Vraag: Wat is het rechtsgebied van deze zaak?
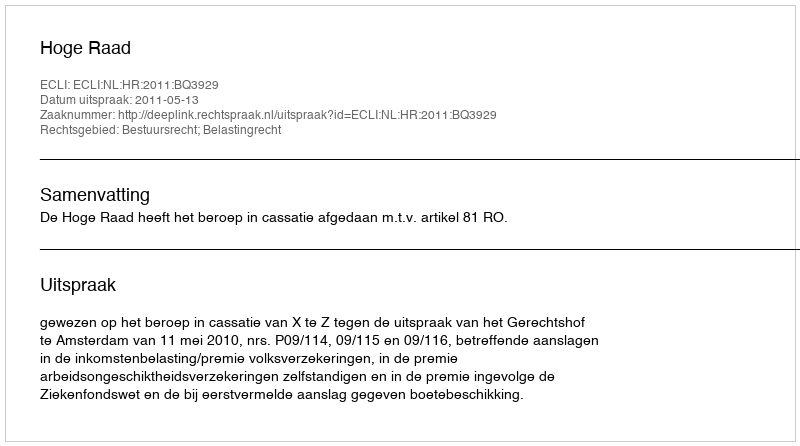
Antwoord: Bestuursrecht; Belastingrecht